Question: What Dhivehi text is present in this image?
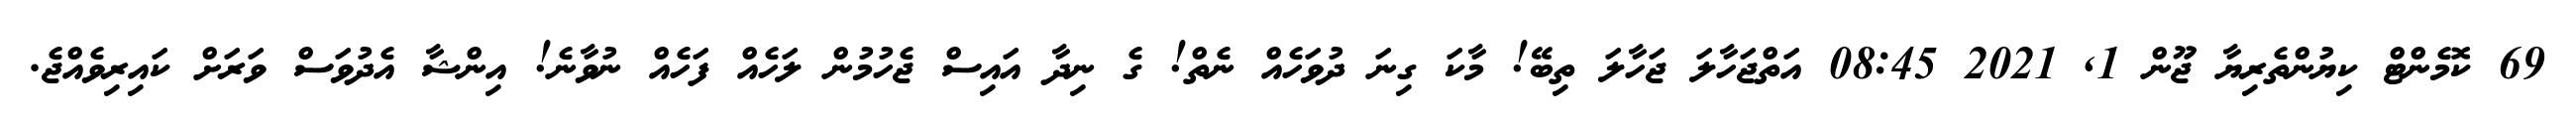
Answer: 69 ކޮމެންޓް ކިޔުންތެރިޔާ ޖޫން 1, 2021 08:45 އަތްޖަހާލަ ޖަހާލަ ތިބޭ! މާކަ ގިނަ ދުވަހެއް ނެތް! ގެ ނިދާ އައިސް ޖެހުމުން ލަހެއް ފަހެއް ނުވާނެ! އިންޝާ އެދުވަސް ވަރަށް ކައިރިވެއްޖެ.